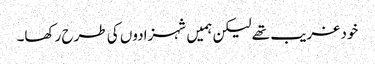
خود غریب تھے لیکن ہمیں شہزادوں کی طرح رکھا۔